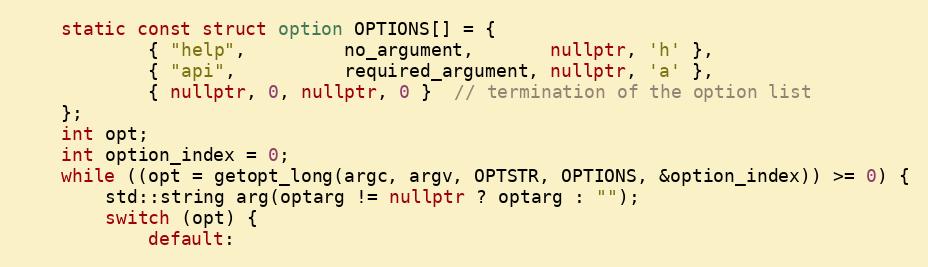
Language: C++
    static const struct option OPTIONS[] = {
            { "help",         no_argument,       nullptr, 'h' },
            { "api",          required_argument, nullptr, 'a' },
            { nullptr, 0, nullptr, 0 }  // termination of the option list
    };
    int opt;
    int option_index = 0;
    while ((opt = getopt_long(argc, argv, OPTSTR, OPTIONS, &option_index)) >= 0) {
        std::string arg(optarg != nullptr ? optarg : "");
        switch (opt) {
            default: